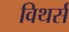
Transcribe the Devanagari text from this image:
विथर्स